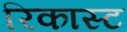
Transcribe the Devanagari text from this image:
रिकास्ट